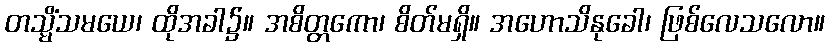
တသ္မိံသမယေ၊ ထိုအခါ၌။ အစိတ္တကော၊ စိတ်မရှိ။ အဟောသိနုခေါ၊ ဖြစ်လေသလော။